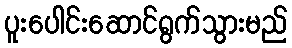
ပူးပေါင်းဆောင်ရွက်သွားမည်